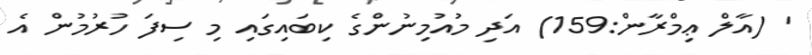
' (އާލް ޢިމްރާން:159) އަދި މުއުމިނުންގެ ކިބައިގައި މި ސިފަ ހުރުމުން އެ